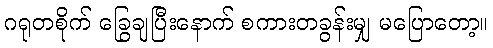
ဂရုတစိုက် ခြွေချပြီးနောက် စကားတခွန်းမျှ မပြောတော့။